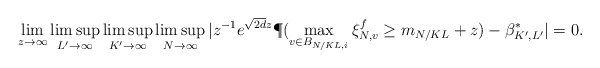
\begin{align*}\lim_{z \rightarrow \infty} \limsup_{L'\to \infty}\limsup_{K' \rightarrow \infty} \limsup_{N \rightarrow \infty} |z^{-1} e^{\sqrt{2d}z} \P(\max_{v \in B_{N/KL, i} } \xi_{N,v}^f \ge m_{N/KL} + z) - \beta_{K', L'}^* |=0.\end{align*}